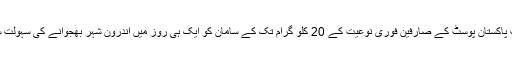
سیم ڈے ڈلیوری سروس کے تحت پاکستان پوسٹ کے صارفین فوری نوعیت کے 20 کلو گرام تک کے سامان کو ایک ہی روز میں اندرون شہر بھجوانے کی سہولت سے استفادہ حاصل کر سکتے ہیں۔